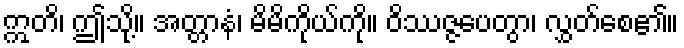
ဣတိ၊ ဤသို့။ အတ္တာနံ၊ မိမိကိုယ်ကို။ ဝိဿဇ္ဇပေတွာ၊ လွှတ်စေ၏။